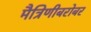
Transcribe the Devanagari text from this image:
मैत्रिणीबरोबर